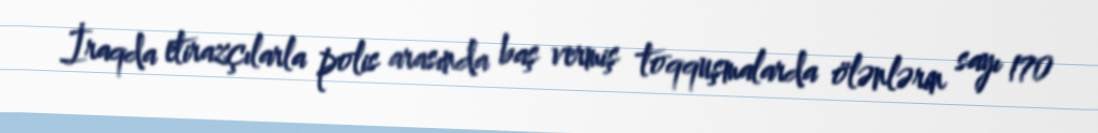
İraqda etirazçılarla polis arasında baş vermiş toqquşmalarda ölənlərin sayı 170